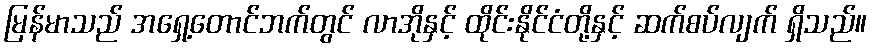
မြန်မာသည် အရှေ့တောင်ဘက်တွင် လာအိုနှင့် ထိုင်းနိုင်ငံတို့နှင့် ဆက်စပ်လျက် ရှိသည်။